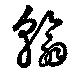
翰